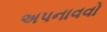
અપનાવવો